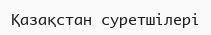
Қазақстан суретшілері